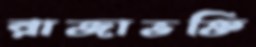
রাজাভক্তি